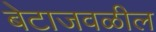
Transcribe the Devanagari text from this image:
बेटाजवळील